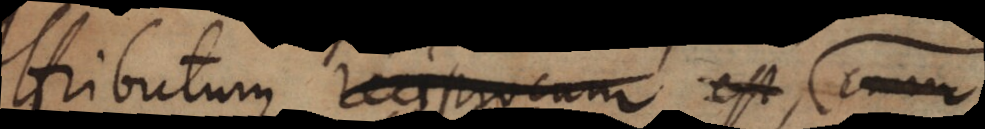
attributum reciprocum.